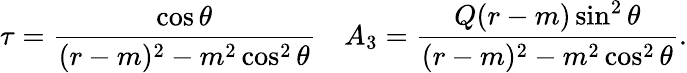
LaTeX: \tau={\frac{\cos\theta}{(r-m)^{2}-m^{2}\cos^{2}\theta}}\quad A_{3}={\frac{Q(r-m)\sin^{2}\theta}{(r-m)^{2}-m^{2}\cos^{2}\theta}}.